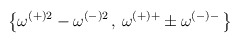
\begin{align*}\left\{ \omega ^{(+)2}-\omega ^{(-)2}\, ,\, \omega ^{(+)+}\pm \omega ^{(-)-}\, \right\}\end{align*}